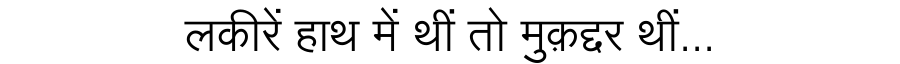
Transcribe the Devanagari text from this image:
लकीरें हाथ में थीं तो मुक़द्दर थीं...